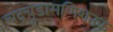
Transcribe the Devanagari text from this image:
चंद्रचूडामणिशतक